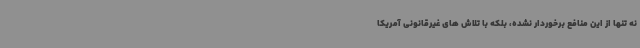
نه تنها از این منافع برخوردار نشده، بلکه با تلاش های غیرقانونی آمریکا